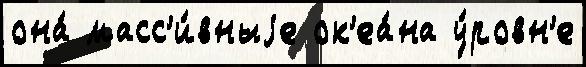
она́ масс'и́вныjе ок'еа́на у́ровн'е